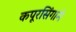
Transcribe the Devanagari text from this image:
कपूरसिंगाने